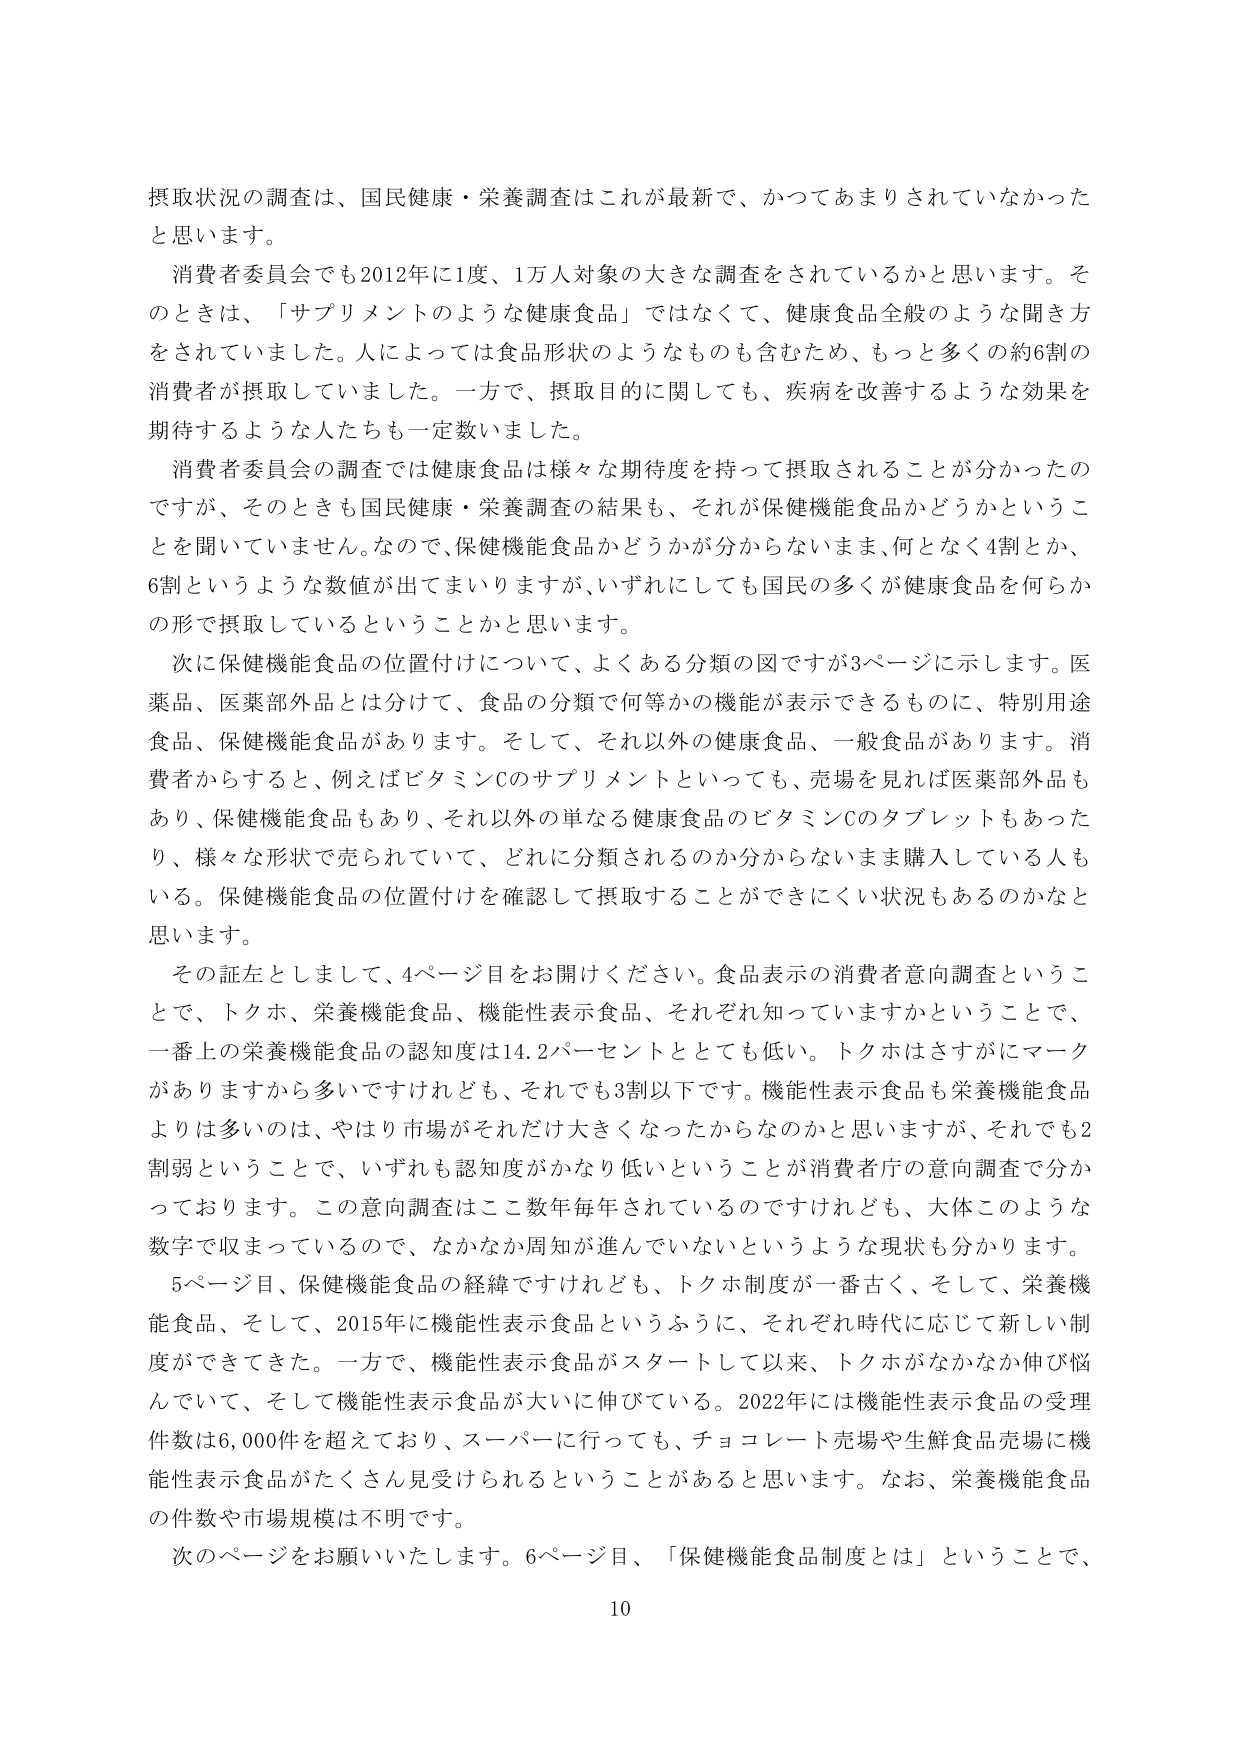
摂取状況の調査は、国民健康・栄養調査はこれが最新で、かつてあまりされていなかったと思います。

消費者委員会でも2012年に1度、1万人対象の大きな調査をされているかと思います。そのときは、「サプリメントのような健康食品」ではなくて、健康食品全般のような聞き方をされていました。人によっては食品形状のようなものも含むため、もっと多くの約6割の消費者が摂取していました。一方で、摂取目的に関しても、疾病を改善するような効果を期待するような人たちも一定数いました。

消費者委員会の調査では健康食品は様々な期待度を持って摂取されることが分かったのですが、そのときも国民健康・栄養調査の結果も、それが保健機能食品かどうかということを聞いていません。なので、保健機能食品かどうかが分からないまま、何となく4割とか、6割というような数値が出てしまいますが、いずれにしても国民の多くが健康食品を何らかの形で摂取しているということかと思います。

次に保健機能食品の位置付けについて、よくある分類の図ですが3ページに示します。医薬品、医薬部外品とは分けて、食品の分類で何等かの機能が表示できるものに、特別用途食品、保健機能食品があります。そして、それ以外の健康食品、一般食品があります。消費者からすると、例えばビタミンCのサプリメントといっても、売場を見れば医薬部外品もあり、保健機能食品もあり、それ以外の単なる健康食品のビタミンCのタブレットもあったり、様々な形状で売られていて、どれに分類されるのか分からないまま購入している人もいる。保健機能食品の位置付けを確認して摂取することができにくい状況もあるのかなと思います。

その証左としまして、4ページ目をお開けください。食品表示の消費者意向調査ということで、トクホ、栄養機能食品、機能性表示食品、それぞれ知っていますかということで、一番上の栄養機能食品の認知度は14.2パーセントととても低い。トクホはさすがにマークがありますから多いですけれども、それでも3割以下です。機能性表示食品も栄養機能食品よりは多いのは、やはり市場がそれだけ大きくなったからなのかと思いますが、それでも2割弱ということで、いずれも認知度がかなり低いということが消費者庁の意向調査で分かっております。この意向調査はここ数年毎年されているのですけれども、大体このような数字で収まっているので、なかなか周知が進んでいないというような現状も分かります。

5ページ目、保健機能食品の経緯ですけれども、トクホ制度が一番古く、そして、栄養機能食品、そして、2015年に機能性表示食品というふうに、それぞれ時代に応じて新しい制度ができてきた。一方で、機能性表示食品がスタートして以来、トクホがなかなか伸び悩んでいて、そして機能性表示食品が大いに伸びている。2022年には機能性表示食品の受理件数は6,000件を超えており、スーパーに行っても、チョコレート売場や生鮮食品売場に機能性表示食品がたくさん見受けられることがあると思います。なお、栄養機能食品の件数や市場規模は不明です。

次のページをお願いいたします。6ページ目、「保健機能食品制度とは」ということで、
10